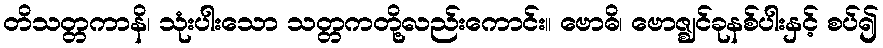
တိသတ္တကာနိ၊ သုံးပါးသော သတ္တကတို့လည်းကောင်း။ ဗောဓိ၊ ဗောဇ္ဈင်ခုနစ်ပါးနှင့် စပ်၍